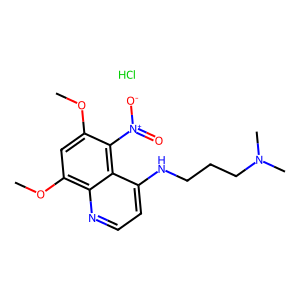
SMILES: COc1cc(OC)c2nccc(NCCCN(C)C)c2c1[N+](=O)[O-].Cl
Inhibits HIV replication: No